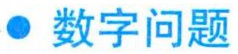
$\bullet$ 数字问题